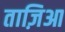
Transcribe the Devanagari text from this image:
ताज़िआ